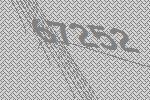
67252